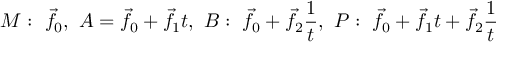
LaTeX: M : \ { \vec { f } } _ { 0 } , \ A = { \vec { f } } _ { 0 } + { \vec { f } } _ { 1 } t , \ B : \ { \vec { f } } _ { 0 } + { \vec { f } } _ { 2 } { \frac { 1 } { t } } , \ P : \ { \vec { f } } _ { 0 } + { \vec { f } } _ { 1 } t + { \vec { f } } _ { 2 } { \frac { 1 } { t } }